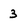
Character: 3